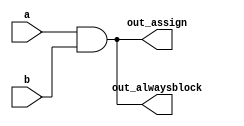
// synthesis verilog_input_version verilog_2001
`default_nettype none    
module top_module(
    input a, 
    input b,
    output wire out_assign,
    output reg out_alwaysblock
);

    //Using Assign Statement
    assign out_assign = a & b;
    // Using Combinational Always Block
    always @ (*)
        out_alwaysblock = a & b;
 
endmodule